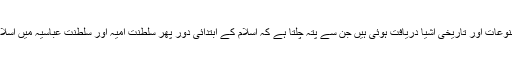
لربذہ سے کئی اہم نوادر ملے ہیں، یہاں سے کئی مصنوعات اور تاریخی اشیا دریافت ہوئی ہیں جن سے پتہ چلتا ہے کہ اسلام کے ابتدائی دور پھر سلطنت امیہ اور سلطنت عباسیہ میں اسلامی تمدن کا نمائندہ یہ مقام کتنی ترقی کیے ہوئے تھا۔